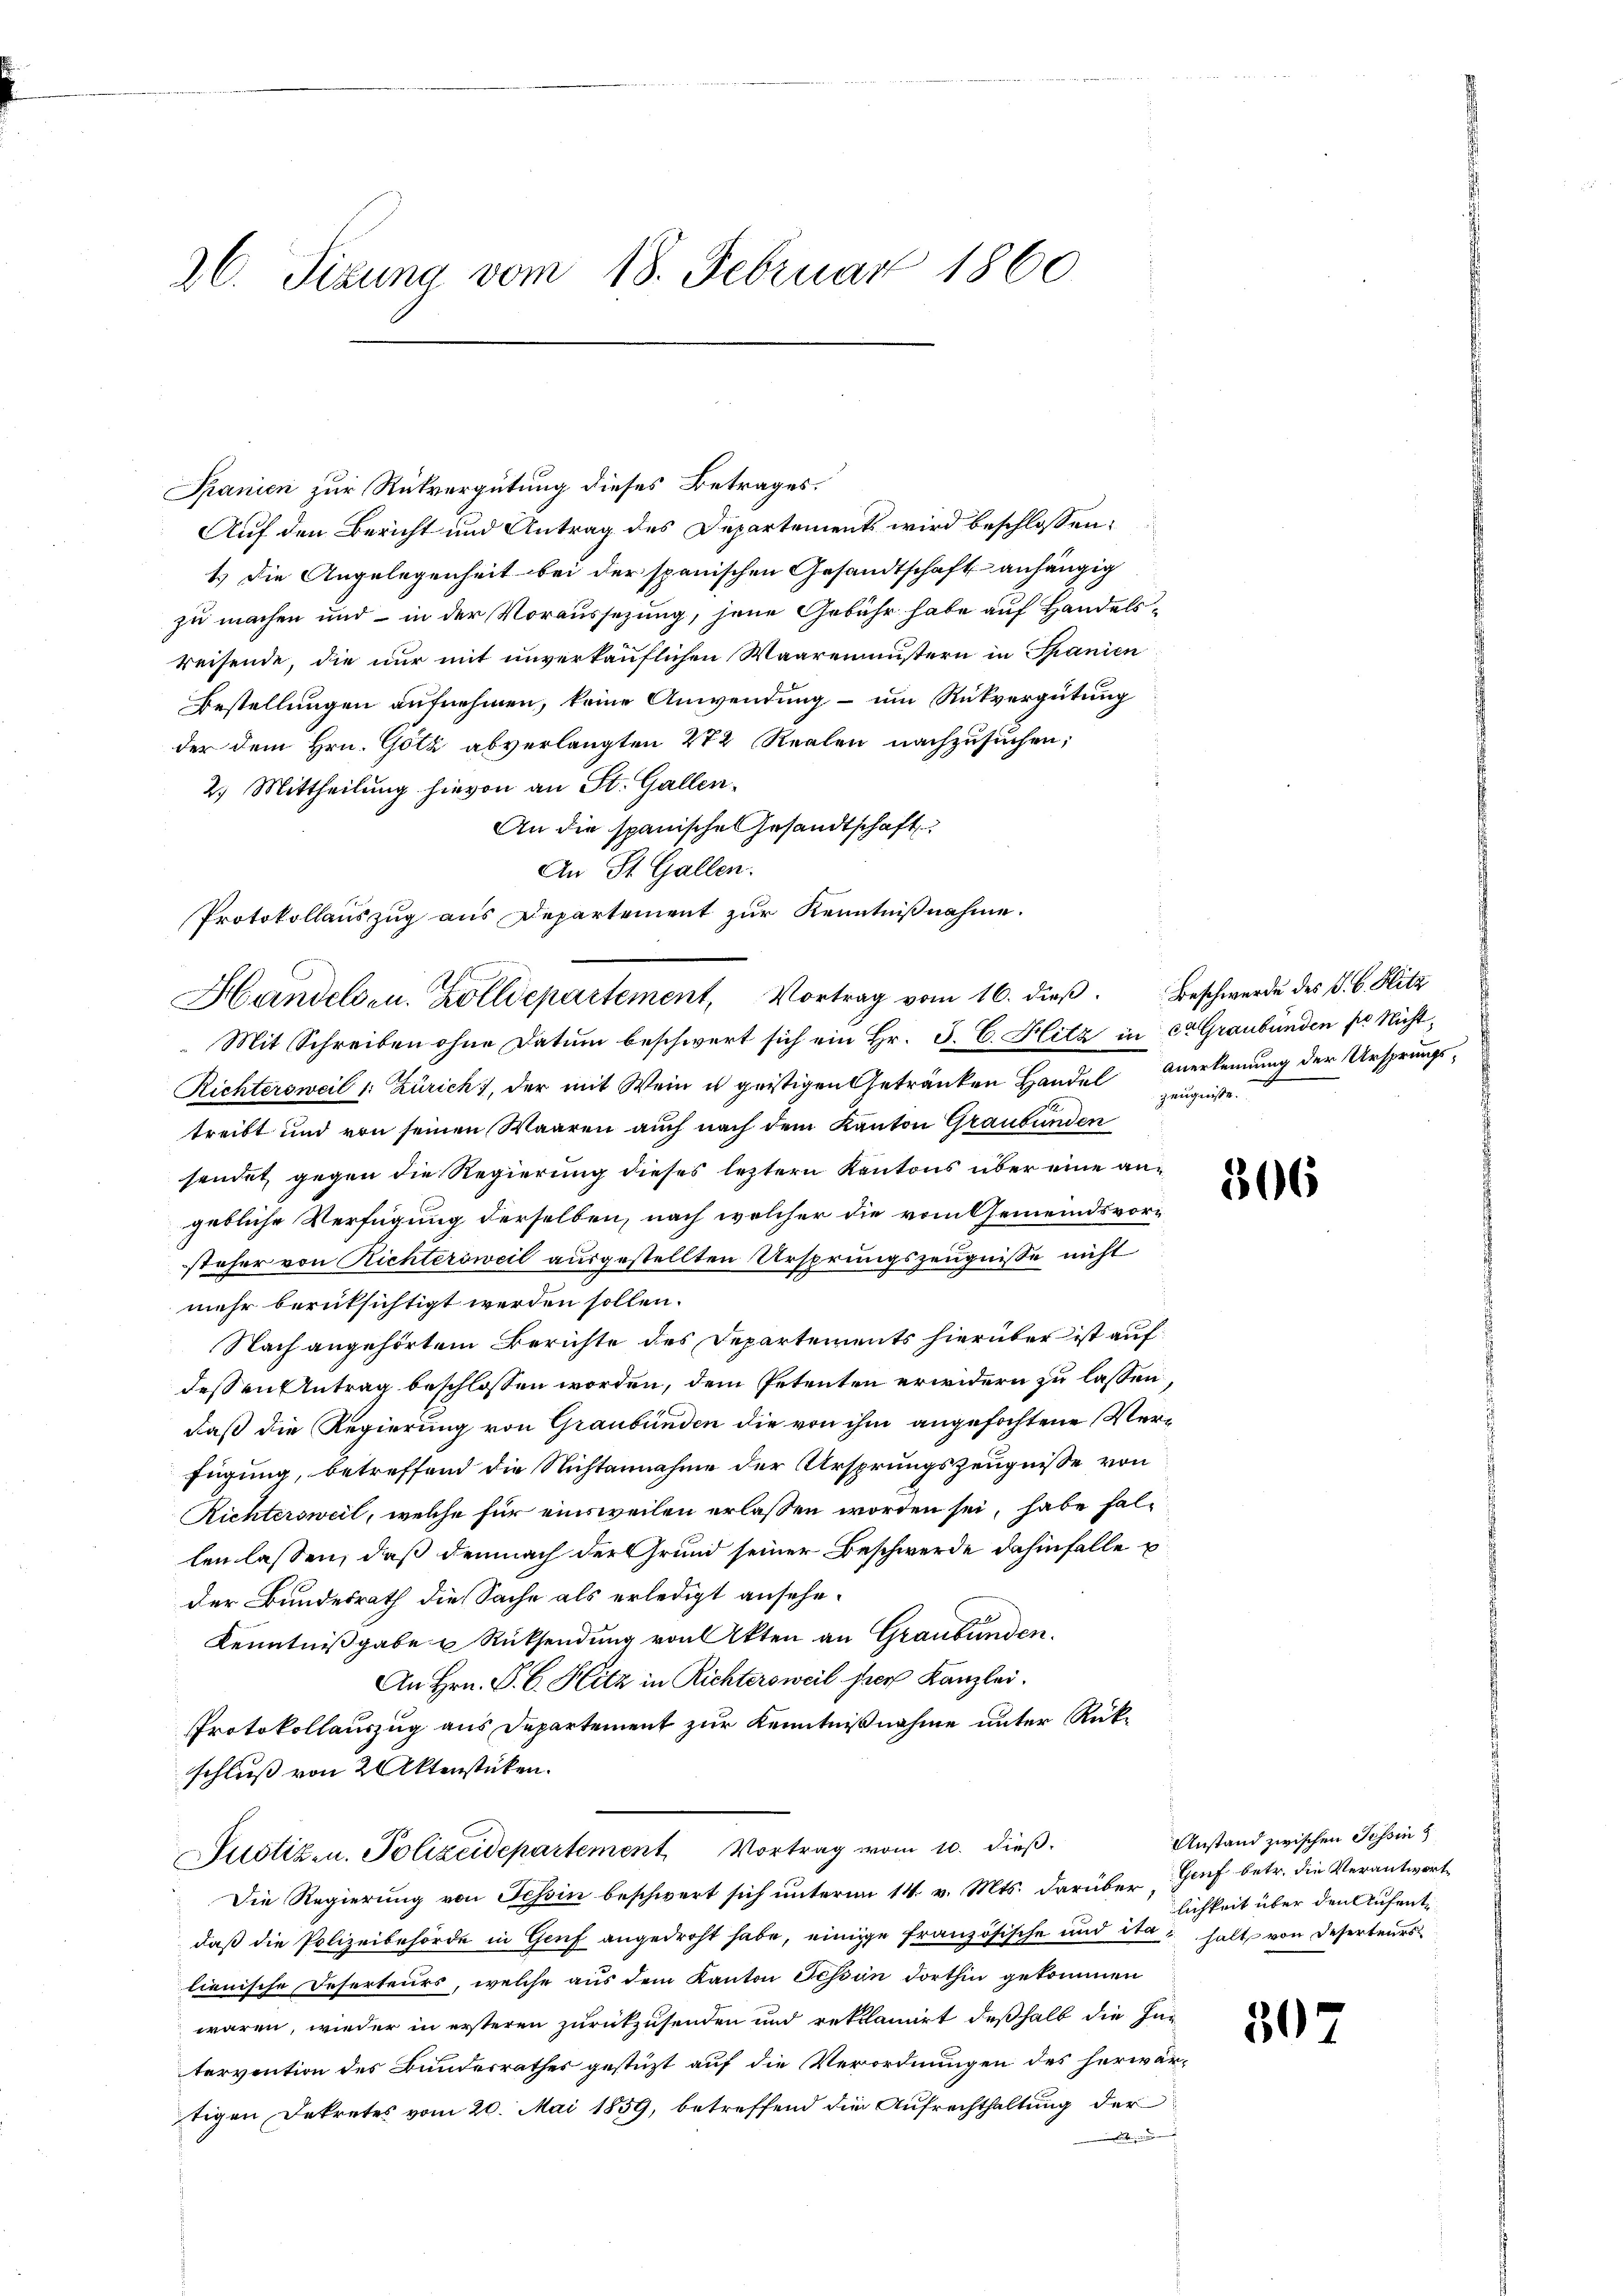
26. Sizung vom 18. Februar 1860

Spanien zur Rückvergütung dieses Betrages.
Auf den Bericht und Antrag des Departements wird beschlossen:
1.) Die Angelegenheit bei der spanischen Gesandtschaft anhängig
zu machen und – in der Voraussezung, jene Gebühr habe auf Handelsreisende, die nur mit unverkäuflichen Waarenmustern in Spanien
Bestellungen aufnehmen, keine Anwendung – um Rückvergütung
der dem Hrn. Götz abverlangten 272 Realen nachzusuchen;
2.) Mittheilung hievon an St. Gallen.
An die spanische Gesandtschaft
An St. Gallen.
Richtersweil v. Zürich), der mit Wein u geistigen Getränken Handel Anerkennung der Ursprungstreibt und von seinen Waaren auch nach dem Kanton Graubünden
sendet gegen die Regierung dieses leztern Kantons über eine angebliche Verfügung derselben, nach welcher die vom Gemeindsvorsteher von Richtersweil ausgestellten Ursprungszeugnisse nicht
mehr berüksichtigt werden sollen.
Nach angehörtem Berichte des Departements hierüber ist auf
dessen Antrag beschlossen worden, dem Petenten erwidern zu lassen,
daß die Regierung von Graubünden die von ihm angefochtene Verfügung, betreffend die Nichtannahme der Ursprungszeugnisse von
Richtersweil, welche für einsweilen erlassen worden sei, habe hallen lassen, daß demnach der Grund seiner Beschwerde dahinfalle u
der Bundesrath die Sache als erledigt ansehe¬
Kenntnißgabe u Rücksendung von Akten an Graubünden.
An Hrn. P. C. Hitz in Richtersweil ser Kanzlei.
Protokollauszug aus Departement zur Kenntnißnahme unter Rükschluß von 2 Aktenstücken.
Suotizen. Polizeidepartement, Vortrag vom 10. dieß.
Die Regierung von Tessin beschwert sich unterm 14. v. Mts. darüber Genf betr. die Verantwortdaß die Polizeibehörde in Genf angedroht habe, einge französische und ita halt von Deserteurs
lienische Deserteurs, welche aus dem Kanton Tessin dorthin gekommen
waren, wieder in ersteren zurückzusenden und reklamirt deßhalb die Zu-
tervention des Bundesrathes gestüzt auf die Verordnungen des herwärtigen Dekretes vom 20. Mai 1859, betreffend die Aufrechthaltung der

Protokollauszug aus Departement zur Kenntnißnahme.
Handelsen. Zolldepartement, Vortrag vom 16. dieβ. Beschwerde des P. C. Hitz
Mit Schreiben ohne Datum beschwert sich ein Hr. J. C. Hitz in ca Graubünden so nicht¬

Zeugnisse.

306

Anstand zwischen Tessin
lichkeit über den Aufent¬

307